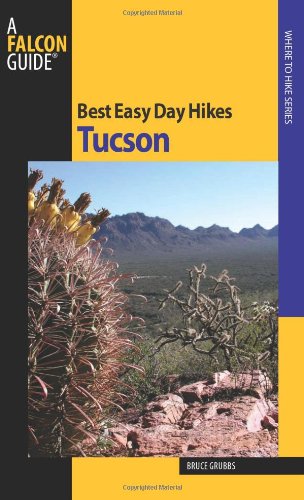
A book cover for Best Easy Day Hikes Tucson (Best Easy Day Hikes Series); Bruce Grubbs; Travel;